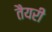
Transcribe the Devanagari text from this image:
तैयरी